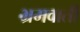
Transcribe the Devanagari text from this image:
भ्रमवाती